Scottish Leaving Certificate Examination, 1959
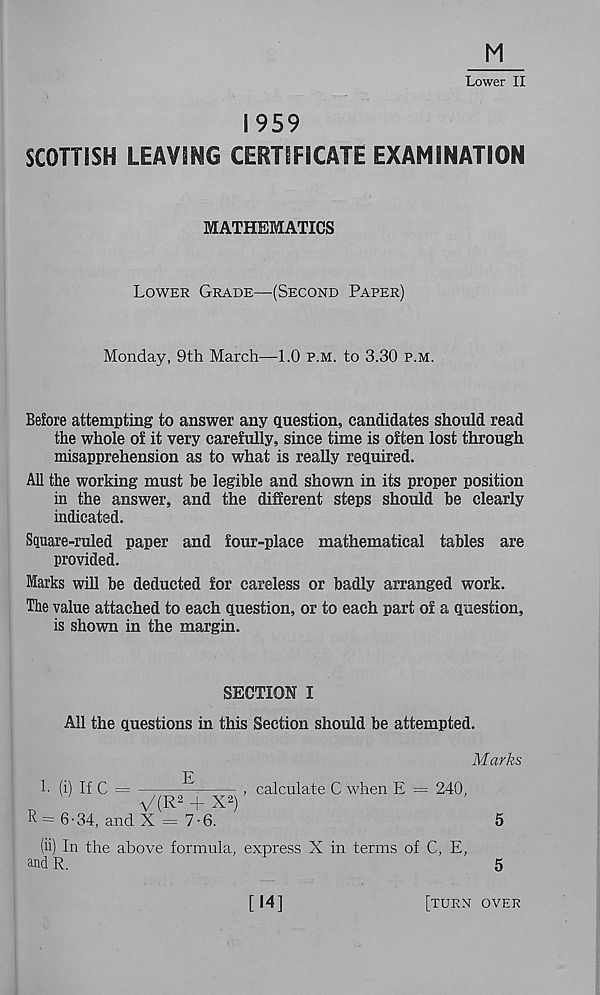
M
Lower II
1959
SCOTTISH LEAVING CERTIFICATE EXAMINATION
MATHEMATICS
Lower Grade—(Second Paper)
Monday, 9th March—1.0 p.m. to 3.30 p.m.
Before attempting to answer any question, candidates should read
the whole of it very carefully, since time is often lost through
misapprehension as to what is really required.
All the working must be legible and shown in its proper position
in the answer, and the different steps should be clearly
indicated.
Square-ruled paper and four-place mathematical tables are
provided.
Marks will be deducted for careless or badly arranged work.
The value attached to each question, or to each part of a question,
is shown in the margin.
SECTION I
All the questions in this Section should be attempted.
Marks
1- (i) If C =
—
, calculate C when E = 240,
V(R 2 + x*)
R= 6-34, and X = 7-6.
5
(ii) In the above formula, express X in terms of C, E,
and R.
5
[14]
[turn over